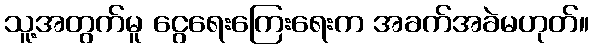
သူ့အတွက်မူ ငွေရေးကြေးရေးက အခက်အခဲမဟုတ်။